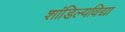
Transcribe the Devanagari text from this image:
शांडिल्यविद्या